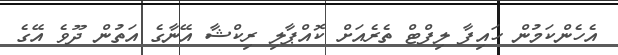
އެހެންކަމުން ހައިފާ ލިފްޓް ތެރެއަށް ކޮއްޕާލި ރިކްޝާ އޭނާގެ އަތުން ދޫވެ އޭގެ